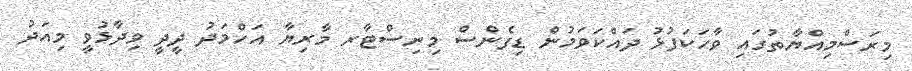
މިރަސްމިއްޔާތުގައި ވާހަކަފުޅު ދައްކަވަމުން ޑިފެންސް މިނިސްޓާރ މާރިޔާ އަހްމަދު ދީދީ ވިދާޅުވީ މިއަދު